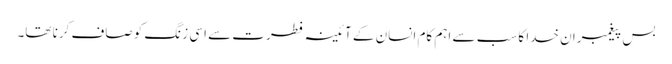
بس پیغمبران خدا کا سب سے اہم کام انسان کے آئینہ فطرت سے اسی زنگ کو صاف کرنا تھا۔